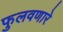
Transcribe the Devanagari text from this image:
फुलवणारे